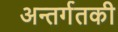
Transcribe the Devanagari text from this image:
अन्तर्गतकी